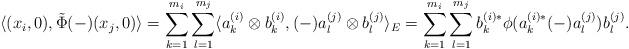
LaTeX: \begin{align*}\langle (x_i,0), \tilde \Phi(-) (x_j,0)\rangle = \sum_{k=1}^{m_i} \sum_{l=1}^{m_j} \langle a_k^{(i)} \otimes b_k^{(i)}, (-)a_l^{(j)} \otimes b_l^{(j)} \rangle_E = \sum_{k=1}^{m_i} \sum_{l=1}^{m_j} b_k^{(i) \ast} \phi(a_k^{(i)\ast} (-) a_l^{(j)}) b_l^{(j)}.\end{align*}